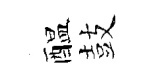
醖鼓